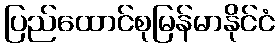
ပြည်ထောင်စုမြန်မာနိုင်ငံ